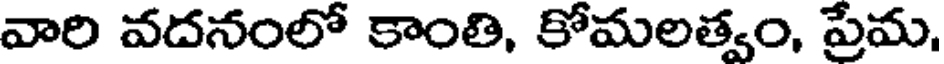
వారి వదనంలో కాంతి, కోమలత్వం, ప్రేమ,